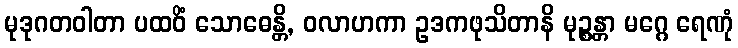
မုဒုဂတဝါတာ ပထဝိံ သောဓေန္တိ, ဝလာဟကာ ဥဒကဖုသိတာနိ မုဉ္စန္တာ မဂ္ဂေ ရေဏုံ